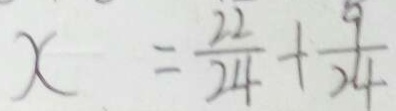
x = \frac { 2 2 } { 2 4 } + \frac { 9 } { 2 4 }